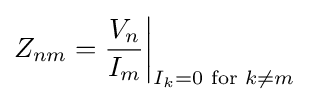
Z_{nm}={V_{n} \over I_{m}}{\bigg |}_{I_{k}=0{\text{ for }}k\neq m}